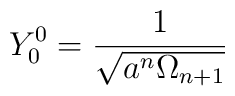
Y_{0}^{0} = \frac{1}{\sqrt{a^n \Omega_{n+1}}}